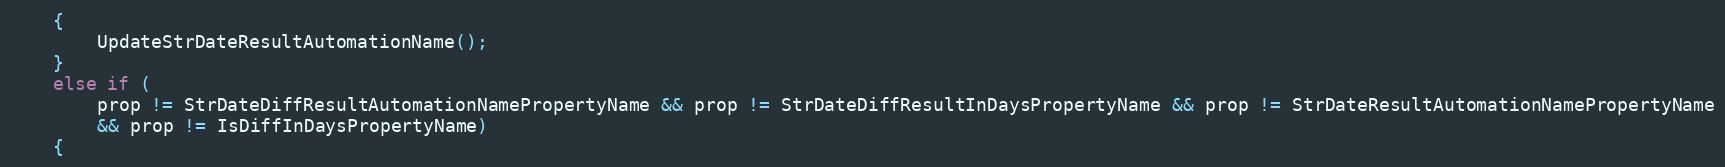
Language: C++
    {
        UpdateStrDateResultAutomationName();
    }
    else if (
        prop != StrDateDiffResultAutomationNamePropertyName && prop != StrDateDiffResultInDaysPropertyName && prop != StrDateResultAutomationNamePropertyName
        && prop != IsDiffInDaysPropertyName)
    {